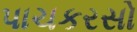
પાચકરસો